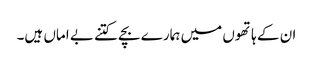
ان کے ہاتھوں میں ہمارے بچے کتنے بے اماں ہیں۔